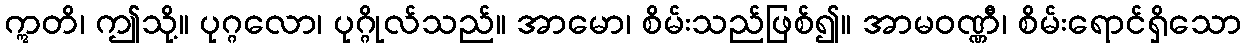
ဣတိ၊ ဤသို့။ ပုဂ္ဂလော၊ ပုဂ္ဂိုလ်သည်။ အာမော၊ စိမ်းသည်ဖြစ်၍။ အာမဝဏ္ဏီ၊ စိမ်းရောင်ရှိသော